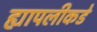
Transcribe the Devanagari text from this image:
ह्यापलीकडे